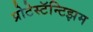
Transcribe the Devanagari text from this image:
प्रोटेस्टॅन्टिझम